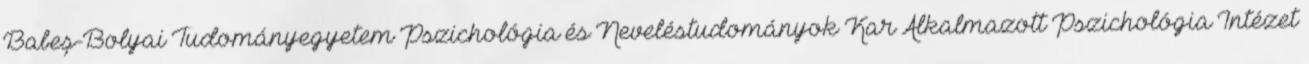
Babeș-Bolyai Tudományegyetem Pszichológia és Neveléstudományok Kar Alkalmazott Pszichológia Intézet